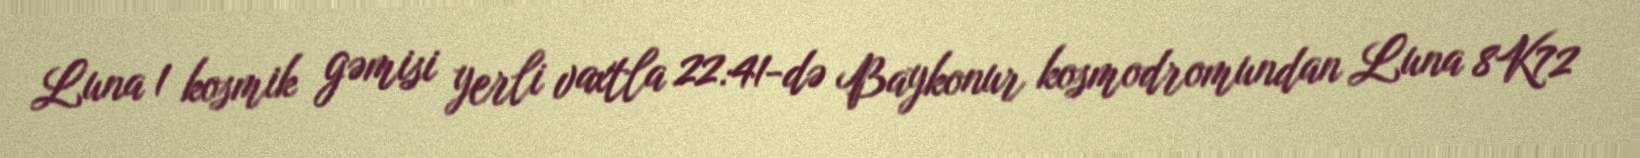
Luna 1 kosmik gəmisi yerli vaxtla 22:41-də Baykonur kosmodromundan Luna 8K72